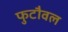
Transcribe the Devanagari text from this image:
फुटौवल